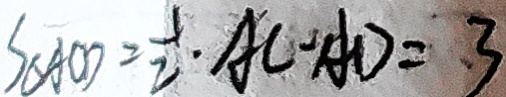
S _ { \Delta A O D } = \frac { 1 } { 2 } \cdot A C \cdot A D = 3